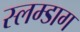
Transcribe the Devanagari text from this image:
स्लम्डाग